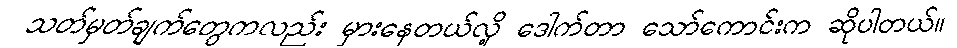
သတ်မှတ်ချက်တွေကလည်း မှားနေတယ်လို့ ဒေါက်တာ သော်ကောင်းက ဆိုပါတယ်။